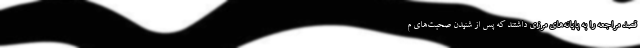
قصد مراجعه را به پایانه‌های مرزی داشتند که پس از شنیدن صحبت‌های م